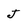
Character: J